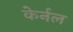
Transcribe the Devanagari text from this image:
केर्नल